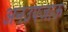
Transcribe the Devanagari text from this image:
अनउपजाऊ